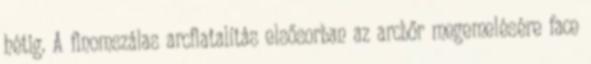
hétig. A finomszálas arcfiatalítás elsősorban az arcbőr megemelésére face